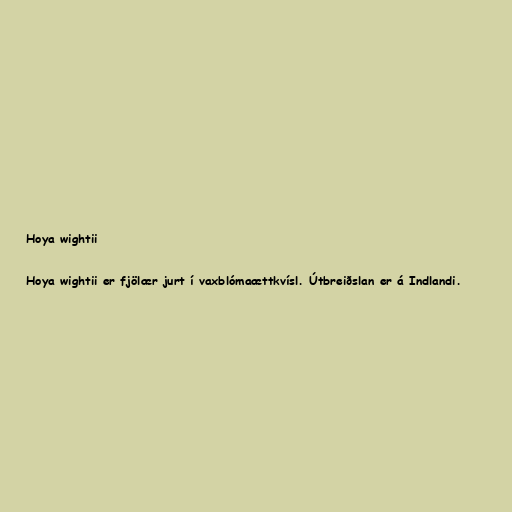
Hoya wightii

Hoya wightii er fjölær jurt í vaxblómaættkvísl. Útbreiðslan er á Indlandi.